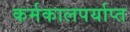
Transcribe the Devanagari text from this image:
कर्मकालपर्याप्त